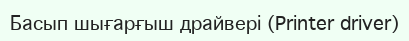
Басып шығарғыш драйвері (Printer driver)